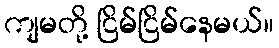
ကျမတို့ ငြိမ်ငြိမ်နေမယ်။